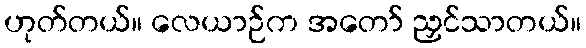
ဟုတ်တယ်။ လေယာဉ်က အတော် ညှင်သာတယ်။